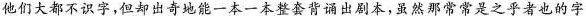
他们大都不识字,但却出奇地能一本一本整套背诵出剧本,虽然那常常是之乎者也的字